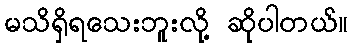
မသိရှိရသေးဘူးလို့ ဆိုပါတယ်။